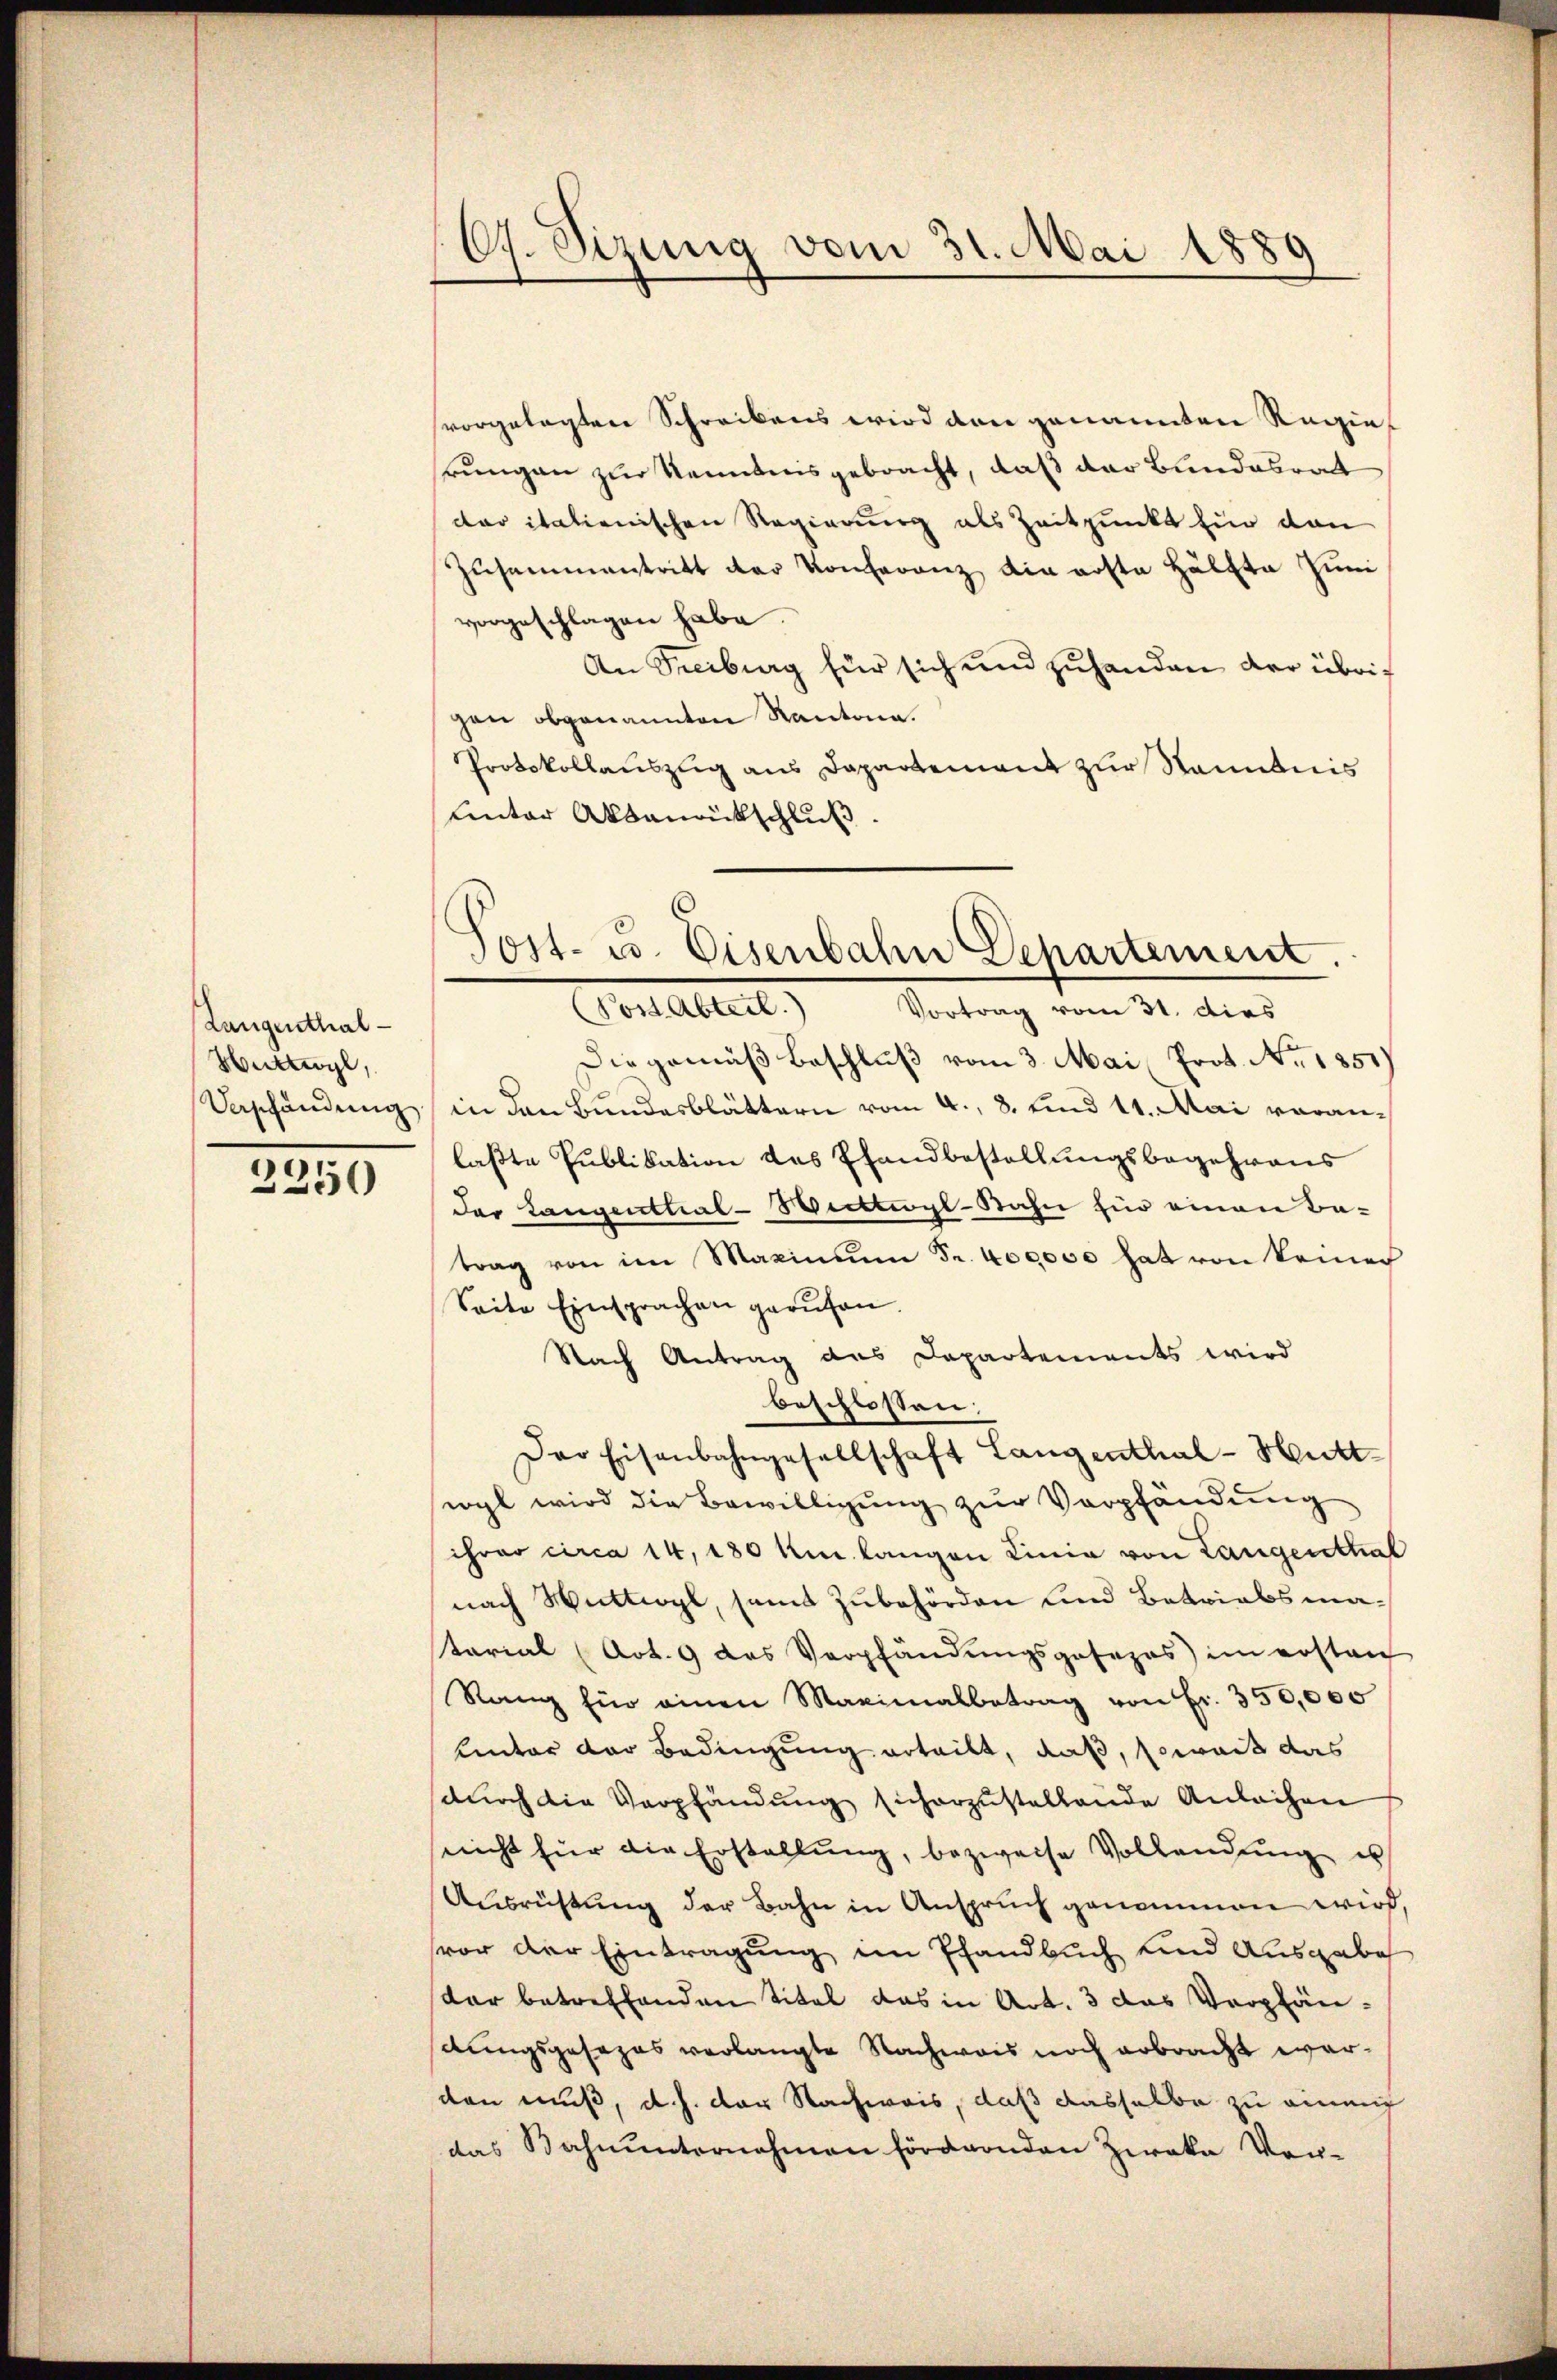
Langenthal¬
Huttwyl,

2250

67. Sizung vom 31. Mai 1889
.

vorgelegten Schreibens wird den genannten Regierungen zur Kenntnisgebracht, daß der Bundesrath
dar italienischen Regierung als Zeitpunkt für den
Zusammentritt der Konferenz die erste Hälfte Juni
vorgeschlagen habe.
An Treiburg für sich und zuhanden der übrig
gan obgenannten Kantona
Protokollauszug aus Departement zur Kenntnis
uinter Akbanckschluß

Die gemäß Beschluß vom 3. Mai Prot. No. 1851
Veschändung in den Bundesblättern vom 4. 8. und 11. Mai voran-
laßte Publikation des Pfandbestellungsbegehrens
der Langenthal-Werttigl-Stahn für einen Ba-
trag von im Maximum Fr. 400000 hat von keiner
Seite Einsprachen gerufen.
Nach Antrag des Departements wird
beschlossen:
Der Eisenbahngesellschaft Langenthal-Huttwyl wird die Bewilligung zur Verpfändung
hrao circa 14, 180 km langen Linie von Langenthal
nach Wattwyl, samt Zubehörden sind Betriabsmatarial (Art. 9 das Verpfändungsposezes im ersten
Rang für einen Maximalbetrag von Fr. 350,000
unter der Bedingung erteilt, daß, soweit das
durch die Verpfändung sicherzustellende Anlachen
snicht für die Erstellŭng, bezweife Vollendung u
Ausrüstung der Bahn in Anspruch genommen wird,
vor der Eintragung im Pfandbuch und Ausgabe
tar betreffenden Titel das in Art. 3 das Verpfän-
dungsgesezes verlangte Nachweis noch erbracht werden muß, d. h. der Nachweis, daß dasselbe zu einem
das Bahnunternahmen fördernden Zwaka Vor-

Post- u. Eisenbahn Departement.
(Post Abteil. Vortrag vom 31. dies